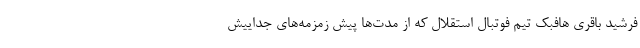
فرشید باقری هافبک تیم فوتبال استقلال که از مدت‌ها پیش زمزمه‌های جداییش